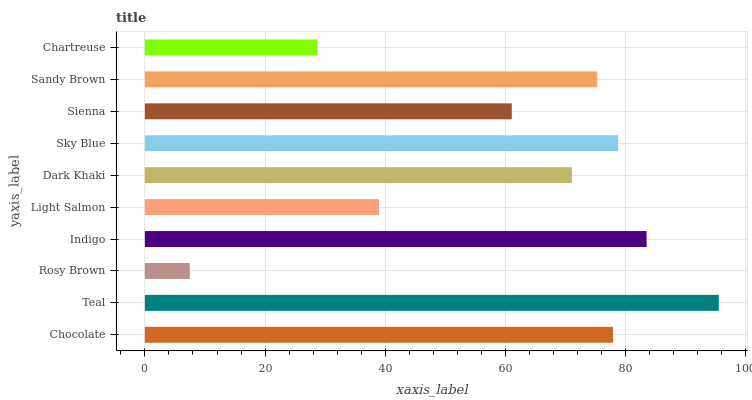
| yaxis_label | bars |
 | --- | --- |
 | Chocolate | 77.9 |
 | Teal | 95.5 |
 | Rosy Brown | 7.47 |
 | Indigo | 83.5 |
 | Light Salmon | 38.9 |
 | Dark Khaki | 71 |
 | Sky Blue | 78.7 |
 | Sienna | 61 |
 | Sandy Brown | 75.3 |
 | Chartreuse | 28.7 |